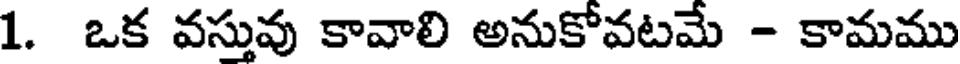
1. ఒక వస్తువు కావాలి అనుకోవటమే - కామము